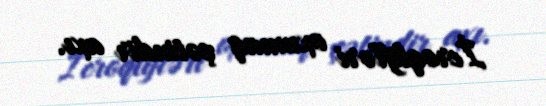
İeroqlifləri oxumaq çətindir axı.